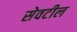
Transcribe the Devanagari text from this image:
सेवटील